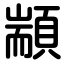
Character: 顓